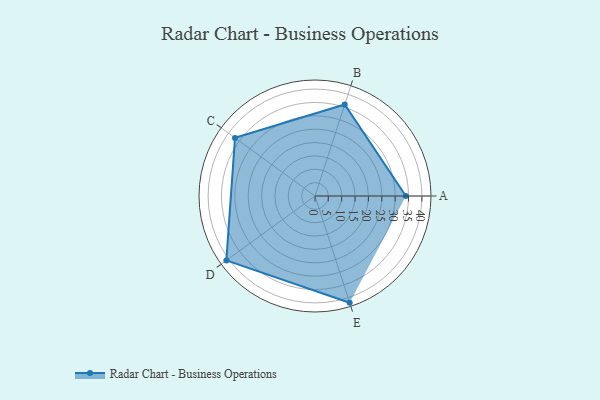
{"axis": {"x": "Skill", "y": "Score"}, "legend": ["Profile"], "data": [{"x": "A", "y": 34.0, "type": "Profile"}, {"x": "B", "y": 36.0, "type": "Profile"}, {"x": "C", "y": 37.0, "type": "Profile"}, {"x": "D", "y": 41.0, "type": "Profile"}, {"x": "E", "y": 42.0, "type": "Profile"}]}